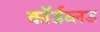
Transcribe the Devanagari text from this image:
कॉर्डब्लड